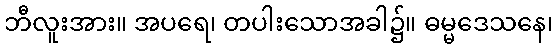
ဘီလူးအား။ အပရေ၊ တပါးသောအခါ၌။ ဓမ္မဒေသနေ၊